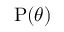
\operatorname { P } ( \theta )